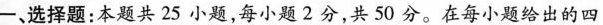
─、选择题：本题共25小题，每小题2分，共50分。在每小题给出的四